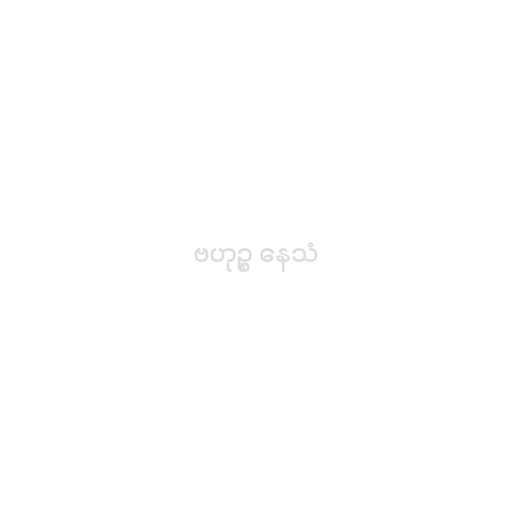
ဗဟုဉ္စ နေသံ